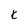
Character: k